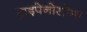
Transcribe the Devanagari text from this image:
ट्राइपेनोसोमा